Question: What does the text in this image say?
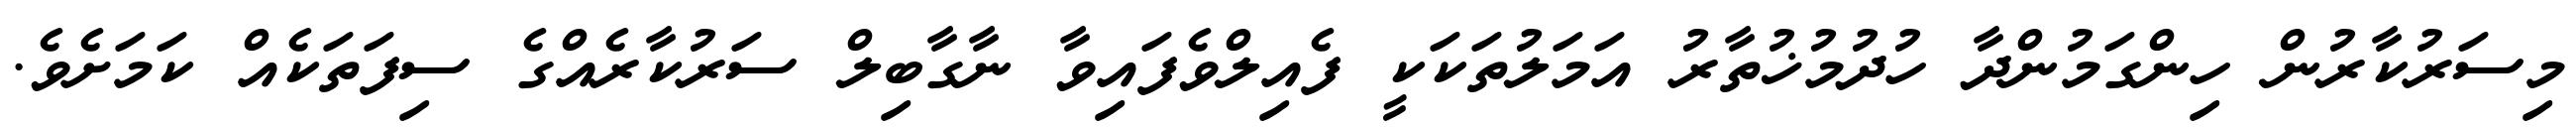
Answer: މިސަރުކާރުން ހިންގަމުންދާ ހުދުމުޚުތާރު އަމަލުތަކަކީ ފެއިލްވެފައިވާ ނާގާބިލް ސަރުކާރެއްގެ ސިފަތަކެއް ކަމަށެވެ.